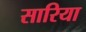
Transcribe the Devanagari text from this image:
सारिया